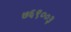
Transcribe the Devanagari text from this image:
७६९००३